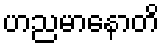
ဟညမာနောတိ